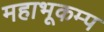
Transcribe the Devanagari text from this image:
महाभूकम्प